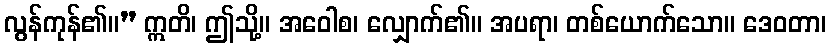
လွန်ကုန်၏။” ဣတိ၊ ဤသို့။ အဝေါစ၊ လျှောက်၏။ အပရာ၊ တစ်ယောက်သော။ ဒေဝတာ၊